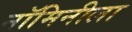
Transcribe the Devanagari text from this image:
नॉमिनीला